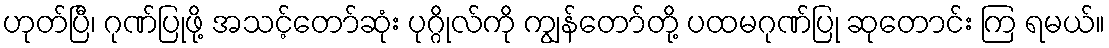
ဟုတ်ပြီ၊ ဂုဏ်ပြုဖို့ အသင့်တော်ဆုံး ပုဂ္ဂိုလ်ကို ကျွန်တော်တို့ ပထမဂုဏ်ပြု ဆုတောင်း ကြ ရမယ်။